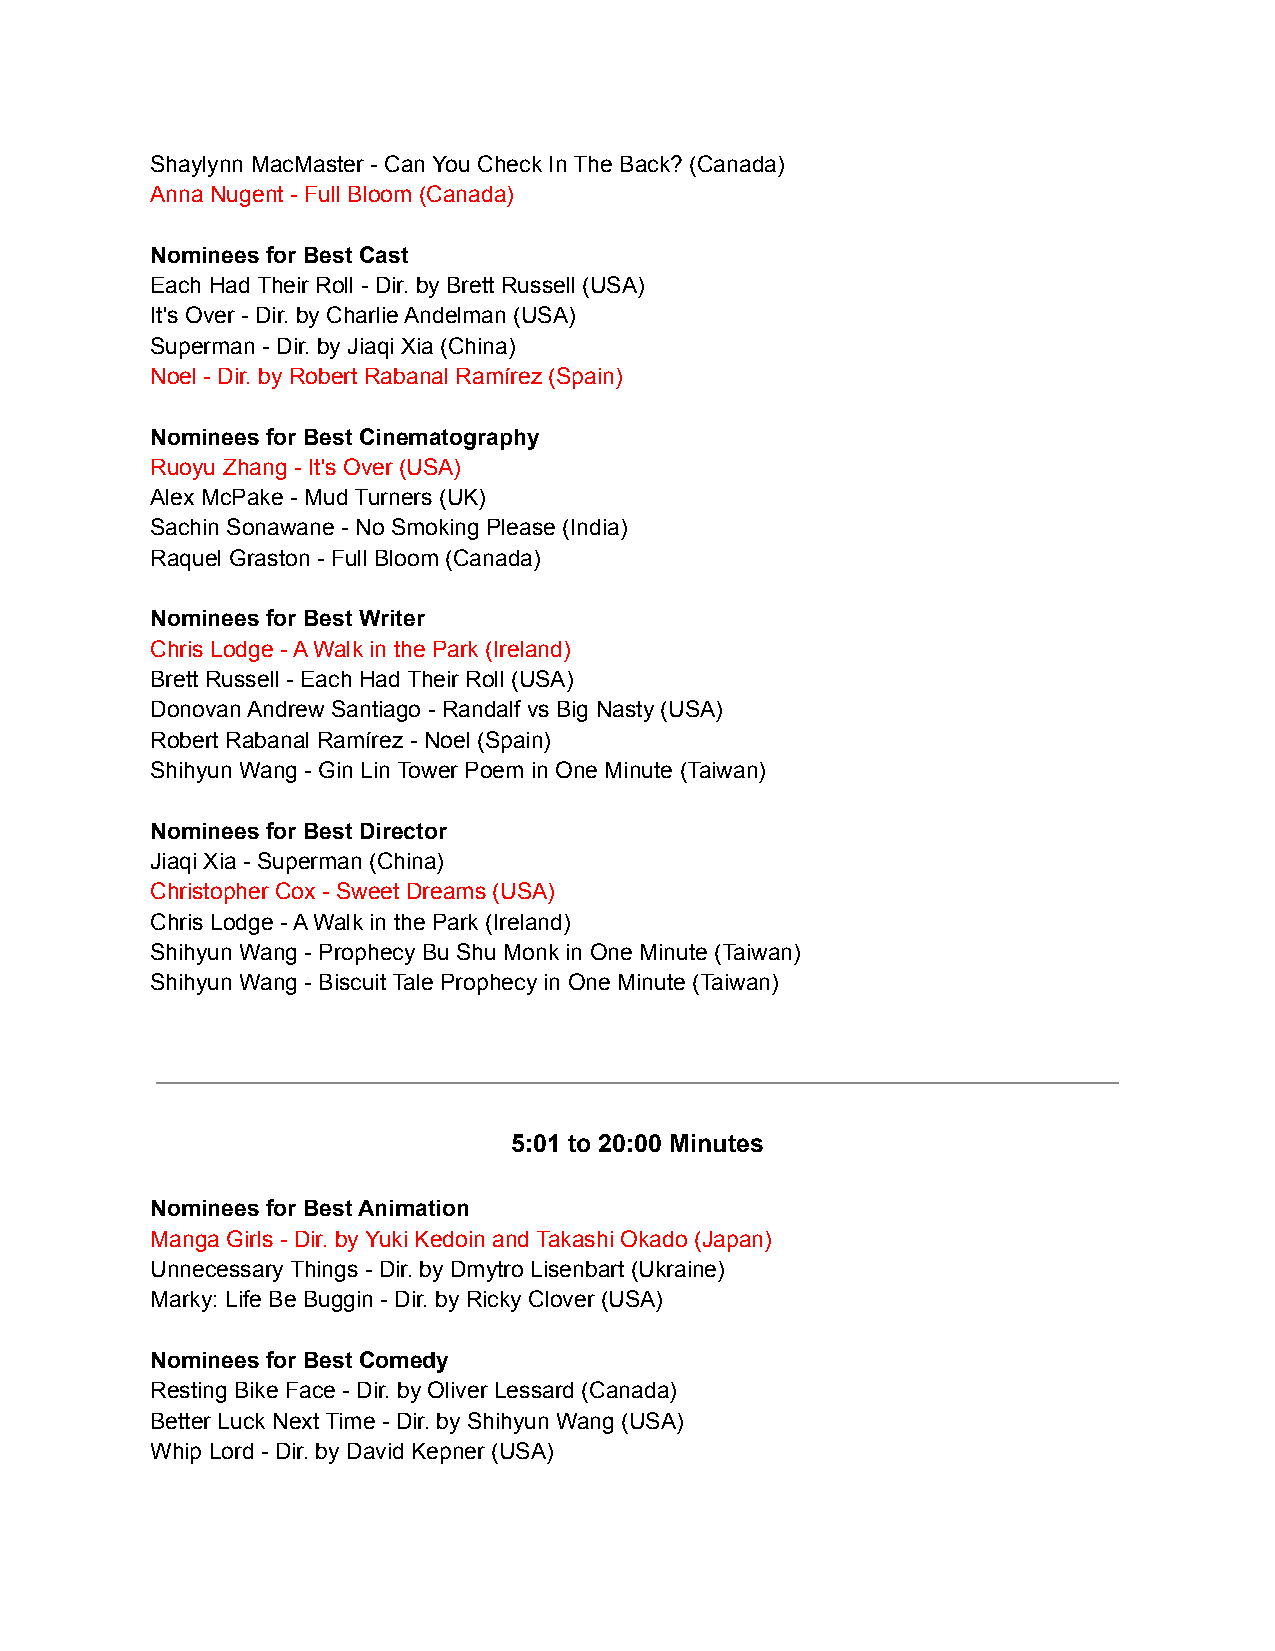
Shaylynn MacMaster - Can You Check In The Back? (Canada)
 Anna Nugent - Full Bloom (Canada)
 Nominees for Best Cast
 Each Had Their Roll - Dir. by Brett Russell (USA)
 It's Over - Dir. by Charlie Andelman (USA)
 Superman - Dir. by Jiaqi Xia (China)
 Noel - Dir. by Robert Rabanal Ramírez (Spain)
 Nominees for Best Cinematography
 Ruoyu Zhang - It's Over (USA)
 Alex McPake - Mud Turners (UK)
 Sachin Sonawane - No Smoking Please (India)
 Raquel Graston - Full Bloom (Canada)
 Nominees for Best Writer
 Chris Lodge - A Walk in the Park (Ireland)
 Brett Russell - Each Had Their Roll (USA)
 Donovan Andrew Santiago - Randalf vs Big Nasty (USA)
 Robert Rabanal Ramírez - Noel (Spain)
 Shihyun Wang - Gin Lin Tower Poem in One Minute (Taiwan)
 Nominees for Best Director
 Jiaqi Xia - Superman (China)
 Christopher Cox - Sweet Dreams (USA)
 Chris Lodge - A Walk in the Park (Ireland)
 Shihyun Wang - Prophecy Bu Shu Monk in One Minute (Taiwan)
 Shihyun Wang - Biscuit Tale Prophecy in One Minute (Taiwan)
 5:01 to 20:00 Minutes
 Nominees for Best Animation
 Manga Girls - Dir. by Yuki Kedoin and Takashi Okado (Japan)
 Unnecessary Things - Dir. by Dmytro Lisenbart (Ukraine)
 Marky: Life Be Buggin - Dir. by Ricky Clover (USA)
 Nominees for Best Comedy
 Resting Bike Face - Dir. by Oliver Lessard (Canada)
 Better Luck Next Time - Dir. by Shihyun Wang (USA)
 Whip Lord - Dir. by David Kepner (USA)